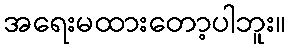
အရေးမထားတော့ပါဘူး။